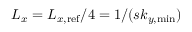
L _ { x } = L _ { x , \mathrm { r e f } } / 4 = 1 / ( s k _ { y , \mathrm { m i n } } )